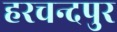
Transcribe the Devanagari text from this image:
हरचन्दपुर